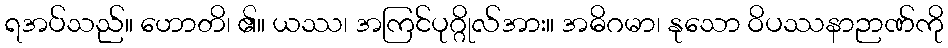
ရအပ်သည်။ ဟောတိ၊ ၏။ ယဿ၊ အကြင်ပုဂ္ဂိုလ်အား။ အဓိဂမာ၊ နုသော ဝိပဿနာဉာဏ်ကို